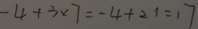
- 4 + 3 \times 7 = - 4 + 2 1 = 1 7